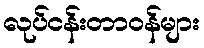
လုပ်ငန်းတာဝန်များ